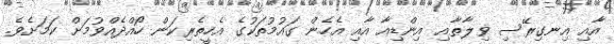
އާއި އިނގިރޭސި ވިލާތާއި އިންޑިއާ އާއި އެހެން ގައުމުތަކުގެ އެހީތެރިކަން ހޯއްދެއްވުމަށް ކަމަށެވެ.